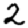
Digit: 2